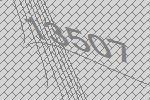
13507